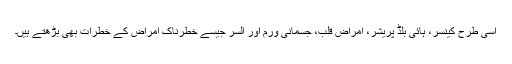
اسی طرح کینسر، ہائی بلڈ پریشر، امراض قلب، جسمانی ورم اور السر جیسے خطرناک امراض کے خطرات بھی بڑھتے ہیں۔